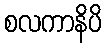
စလကာနိပိ